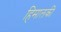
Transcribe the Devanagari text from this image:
हिमालकी